Source: Handwritten
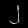
Digit: ၂ (2)